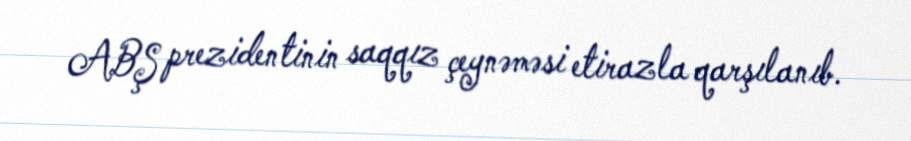
ABŞ prezidentinin saqqız çeynəməsi etirazla qarşılanıb.